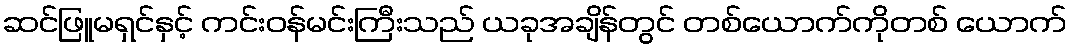
ဆင်ဖြူမရှင်နှင့် ကင်းဝန်မင်းကြီးသည် ယခုအချိန်တွင် တစ်ယောက်ကိုတစ် ယောက်